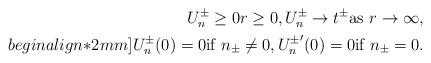
LaTeX: \begin{align*}U_n^\pm\geq 0 r\geq 0,U_n^\pm\rightarrow t^{\pm}\mbox{as } r\rightarrow \infty,\\begin{align*}2mm]U_n^\pm(0)=0\mbox{if } n_{\pm}\neq 0,{U_n^\pm}'(0)=0\mbox{if } n_{\pm}= 0.\end{align*}